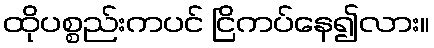
ထိုပစ္စည်းကပင် ငြိကပ်နေ၍လား။